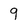
Character: 9